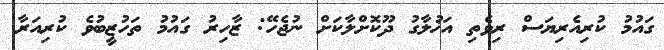
ގައުމު ކުރިއެރިޔަސް ރިވެތި އަޚުލާގު ދޫކޮށްލާކަށް ނުޖެހޭ: ޒާހިރު ގައުމު ތަހުޒީބުވެ ކުރިއަރާ